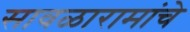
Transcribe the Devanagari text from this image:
सावळारामांचे